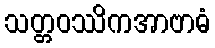
သတ္တဝဿိကအာဗာဓံ